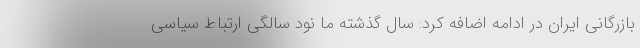
بازرگانی ایران در ادامه اضافه کرد: سال گذشته ما نود سالگی ارتباط سیاسی